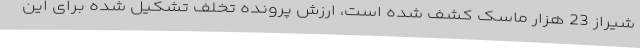
شیراز 23 هزار ماسک کشف شده است، ارزش پرونده تخلف تشکیل شده برای این